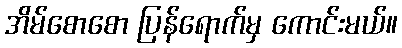
အိမ်စောစော ပြန်ရောက်မှ ကောင်းမယ်။